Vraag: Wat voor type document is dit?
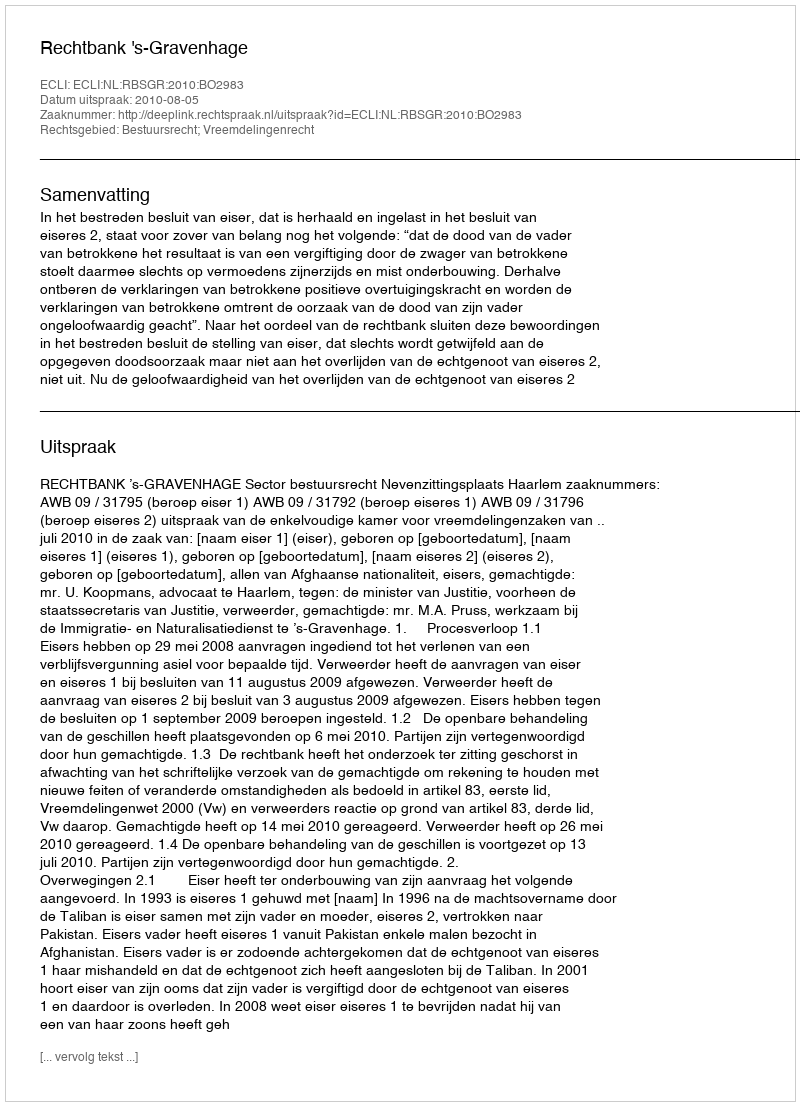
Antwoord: Uitspraak